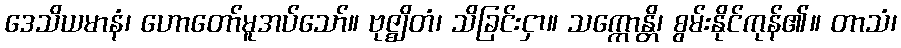
ဒေသိယမာနံ၊ ဟောတော်မူအပ်သော်။ ဗုဇ္ဈိတံ၊ သိခြင်းငှာ။ သက္ကောန္တိ၊ စွမ်းနိုင်ကုန်၏။ တာသံ၊